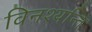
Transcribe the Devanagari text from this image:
विनश्यन्ति